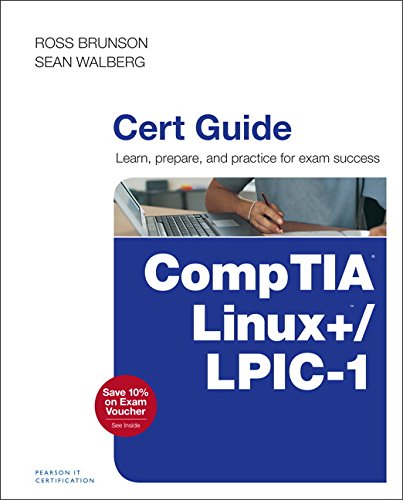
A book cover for CompTIA Linux+ / LPIC-1 Cert Guide: (Exams LX0-103 & LX0-104/101-400 & 102-400) (Certification Guide); Ross Brunson; Computers & Technology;